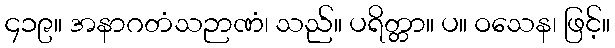
၄၁၉။ အနာဂတံသဉာဏံ၊ သည်။ ပရိတ္တာ။ ပ။ ဝသေန၊ ဖြင့်။